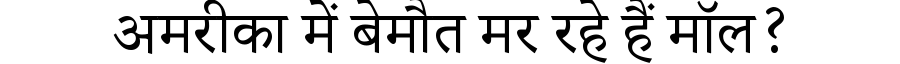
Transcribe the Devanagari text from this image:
अमरीका में बेमौत मर रहे हैं मॉल?